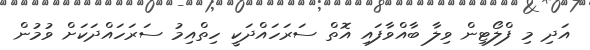
އަދި މި ފްލޯޓިން ވިލާ ބާއްވާފައި އޮތް ސަރަހައްދަކީ ހިތްއިމު ސަރަހައްދަކަށް ވުމުން